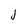
Character: J